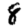
Digit: 8